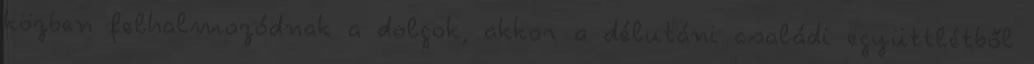
közben felhalmozódnak a dolgok, akkor a délutáni családi együttlétből